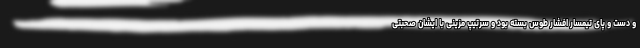
و دست و پای تیمسار افشار طوس بسته بود و سرتیپ مزینی با ایشان صحبتی